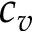
c _ { v }